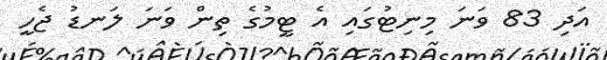
އަދި 83 ވަނަ މިނިޓުގައި އެ ޓީމުގެ ތިން ވަނަ ލަނޑު ޖެހީ